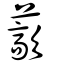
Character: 藃